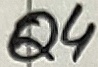
Text: Q4